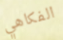
الفكاهي